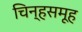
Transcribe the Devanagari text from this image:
चिन्हसमूह